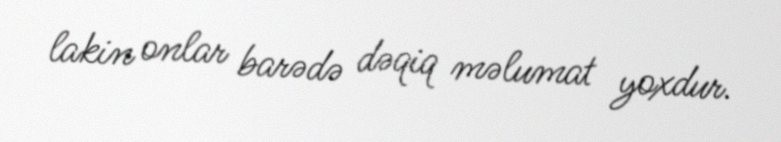
lakin onlar barədə dəqiq məlumat yoxdur.